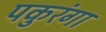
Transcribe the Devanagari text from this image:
पकुरंगा